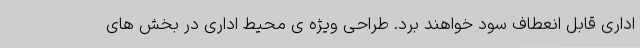
اداری قابل انعطاف سود خواهند برد. طراحی ویژه ی محیط اداری در بخش های